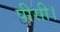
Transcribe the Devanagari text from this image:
पीसी।